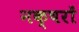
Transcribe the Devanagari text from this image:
नक्षरों